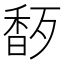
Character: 𬳜